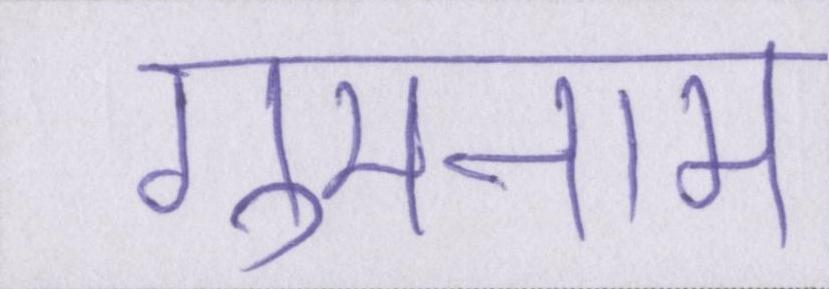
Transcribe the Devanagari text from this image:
गुमनाम